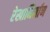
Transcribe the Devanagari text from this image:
रेखानिर्माण